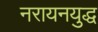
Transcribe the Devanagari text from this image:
नरायनयुद्ध